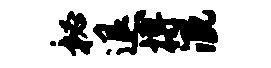
秘退搏溉